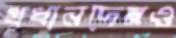
প্রধানদেরও